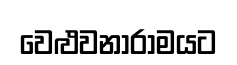
වෙළුවනාරාමයට